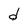
Character: d